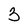
Character: 3